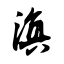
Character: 滇